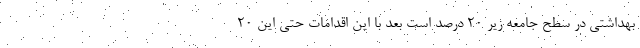
بهداشتی در سطح جامعه زیر ۲۰ درصد است بعد با این اقدامات حتی این ۲۰